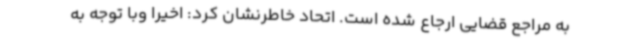
به مراجع قضایی ارجاع شده است. اتحاد خاطرنشان کرد: اخیرا وبا توجه به